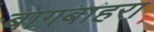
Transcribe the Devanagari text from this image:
बागबाहरा